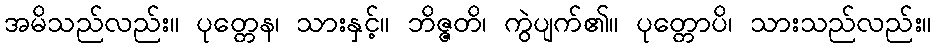
အမိသည်လည်း။ ပုတ္တေန၊ သားနှင့်။ ဘိဇ္ဇတိ၊ ကွဲပျက်၏။ ပုတ္တောပိ၊ သားသည်လည်း။